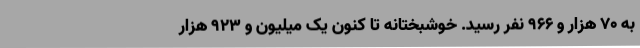
به ۷۰ هزار و ۹۶۶ نفر رسید. خوشبختانه تا کنون یک میلیون و ۹۲۳ هزار